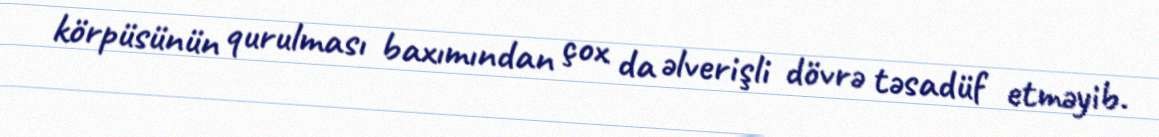
körpüsünün qurulması baxımından çox da əlverişli dövrə təsadüf etməyib.